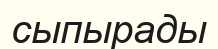
сыпырады